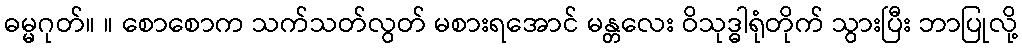
ဓမ္မဂုတ်။ ။ စောစောက သက်သတ်လွတ် မစားရအောင် မန္တလေး ဝိသုဒ္ဓါရုံတိုက် သွားပြီး ဘာပြုလို့